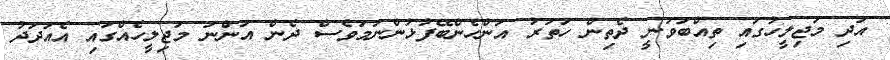
އަދި މަޖިލީހުގައި ތިއްބަވަނީ ދެތިން ހަތަރު އަންހެންބޭފުޅުންނަަމަވެސް ދެން އަންނަ މަޖިލީހެއްގައި އެއަދަދު